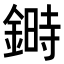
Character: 𨫉